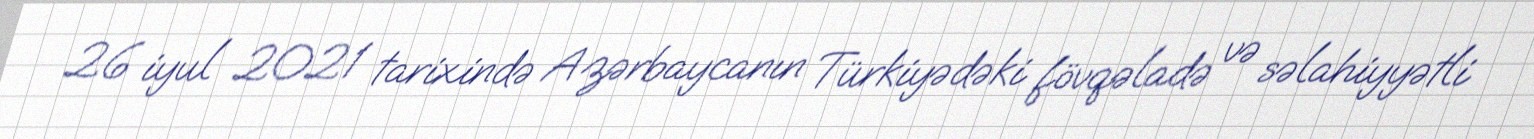
26 iyul 2021 tarixində Azərbaycanın Türkiyədəki fövqəladə və səlahiyyətli